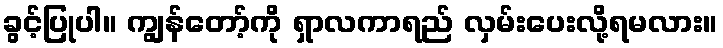
ခွင့်ပြုပါ။ ကျွန်တော့်ကို ရှာလကာရည် လှမ်းပေးလို့ရမလား။